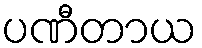
ပဏီတာယ